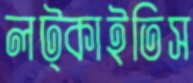
লট্‌কাইতিস